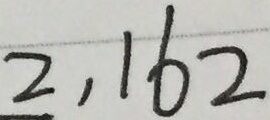
2 , 1 6 2